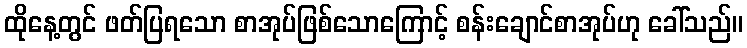
ထိုနေ့တွင် ဖတ်ပြရသော စာအုပ်ဖြစ်သောကြောင့် စန်းချောင်စာအုပ်ဟု ခေါ်သည်။